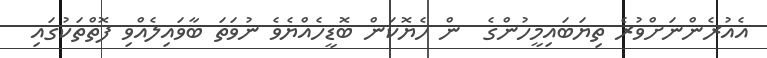
އެއުރެންނަށްވުރެ ތިޔަބައިމީހުންގެ  ން ހެޔޮކަން ބޮޑީހެއްޔެެވެ ނުވަތަ ބާވައިލެއްވި ފޮތްތަކުގައި